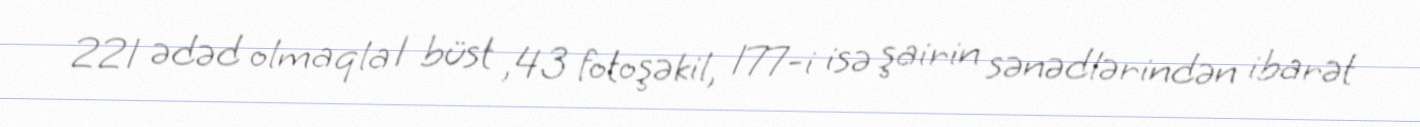
221 ədəd olmaqla 1 büst ,43 fotoşəkil, 177-i isə şairin sənədlərindən ibarət